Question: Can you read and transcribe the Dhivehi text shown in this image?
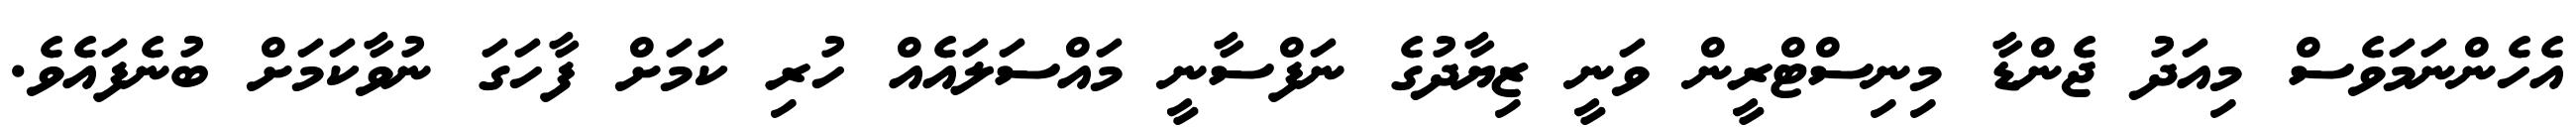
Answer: އެހެންނަމަވެސް މިއަދު ޖެންޑާ މިނިސްޓްރީން ވަނީ ޒިޔާދުގެ ނަފްސާނީ މައްސަލައެއް ހުރި ކަމަށް ފާހަގަ ނުވާކަމަށް ބުނެފައެވެ.